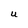
Character: U